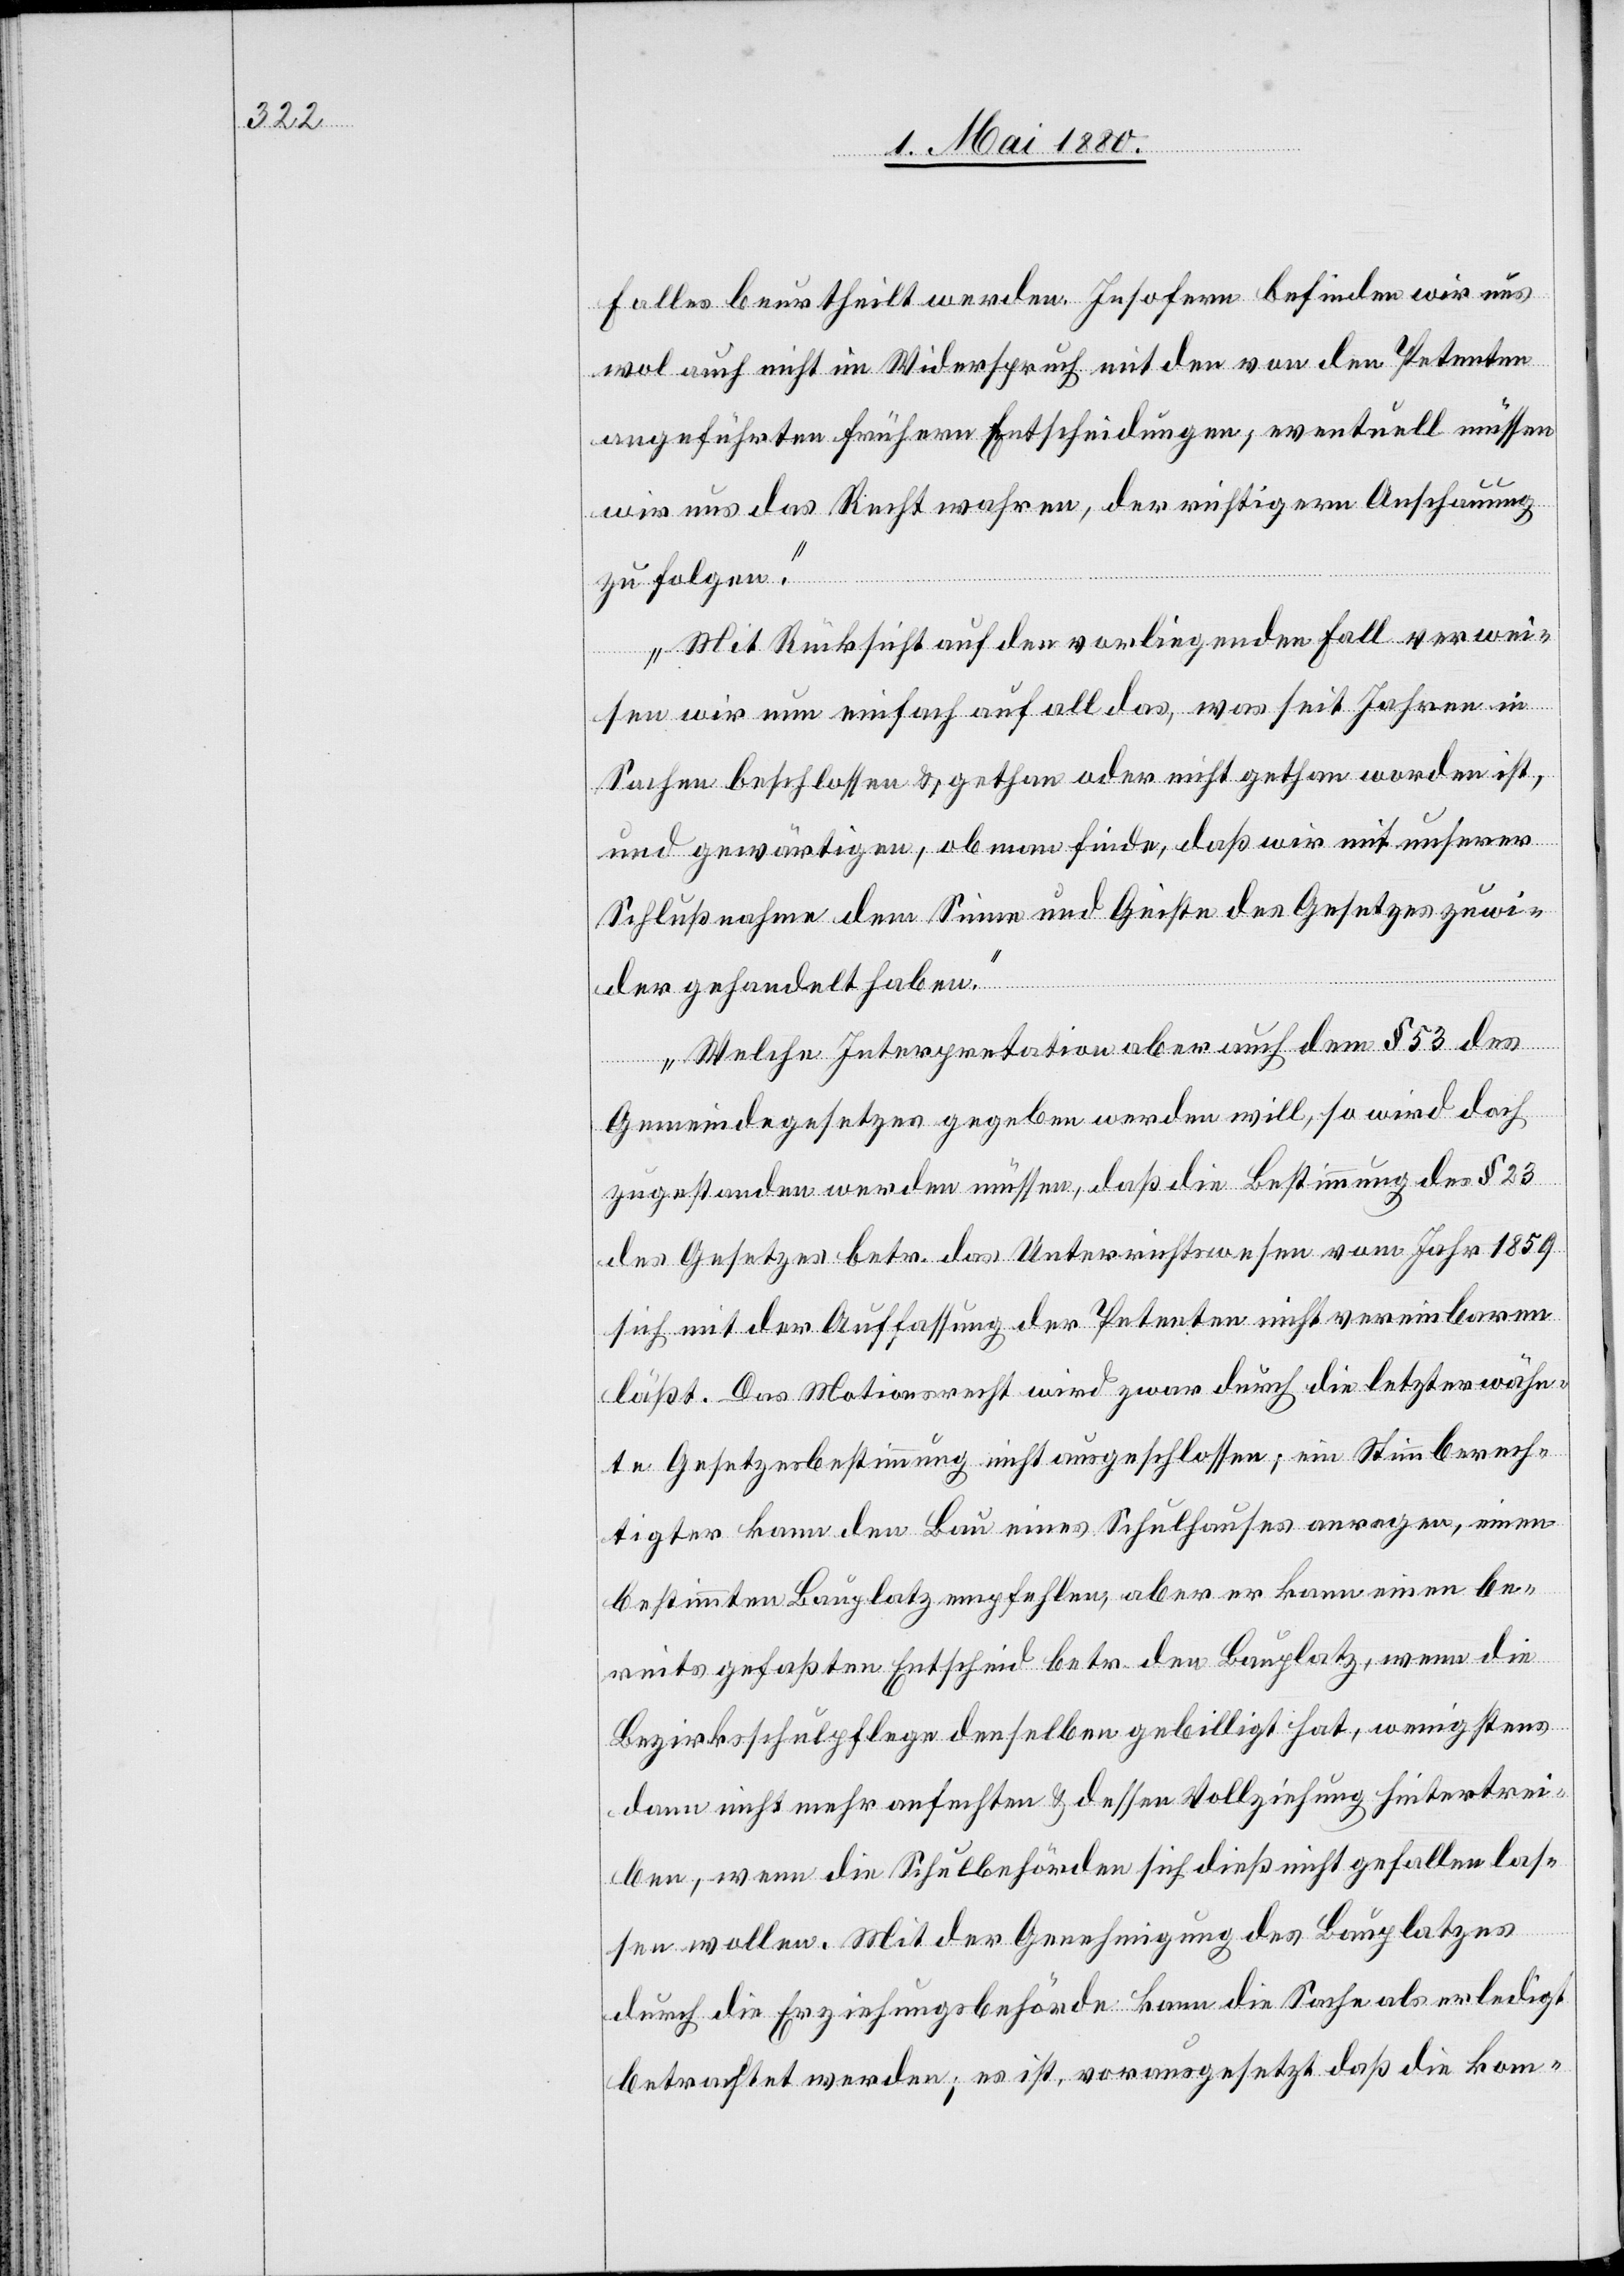
Falles beurtheilt werden. Insofern befinden wir uns
wol auch nicht im Widerspruch mit den von den Petenten
angeführten frühern Entscheidungen; eventuell müssen
wir uns das Recht wahren, der richtigern Anschauung
zu folgen.
Mit Rücksicht auf den vorliegenden Fall verwei¬
sen wir nun einfach auf all das, was seit Jahren in
Sachen beschlossen & gethan oder nicht gethan worden ist
und gewärtigen, ob man finde, daß wir mit unserer
Schlußnahme dem Sinne und Geiste des Gesetzes zuwi¬
der gehandelt haben.
Welche Interpretation aber auch dem § 53 des
Gemeindegesetzes gegeben werden will, so wird doch
zugestanden werden müssen, daß die Bestimmung des § 23
des Gesetzes betr. das Unterrichtswesen vom Jahr 1859
sich mit der Auffassung der Petenten nicht vereinbaren
läßt. Das Motionsrecht wird zwar durch die letzterwähn¬
te Gesetzesbestimmung nicht ausgeschlossen; ein Stimmberech¬
tigter kann den Bau eines Schulhauses anregen, einen
bestimmten Bauplatz empfehlen, aber er kann einen be¬
reits gefaßten Entscheid betr. den Bauplatz, wenn die
Bezirksschulpflege denselben gebilligt hat, wenigstens
dann nicht mehr anfechten & dessen Vollziehung hintertrei¬
ben, wenn die Schulbehörden sich dieß nicht gefallen las¬
sen wollen. Mit der Genehmigung des Bauplatzes
durch die Erziehungsbehörde kann die Sache als erledigt
betrachtet werden; es ist, vorausgesetzt daß die kom-